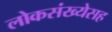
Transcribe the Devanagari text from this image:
लोकसंख्येसह